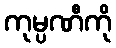
ကုမ္ပဏီကို